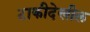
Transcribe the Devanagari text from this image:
टाकीदेखील